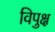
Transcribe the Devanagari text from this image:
विपुक्ष